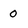
Character: 0